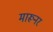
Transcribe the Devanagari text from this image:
मारूनर